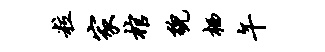
粒家棺貌栖午